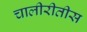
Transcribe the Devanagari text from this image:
चालीरीतीस